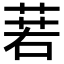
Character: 𦴈